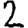
Digit: 2